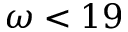
\omega < 1 9